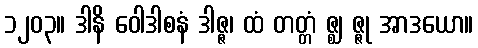
၁၂၀၃။ ဒါနိ ဝေါဒါစနံ ဒါဇ္ဇ၊ ထံ တတ္တံ ဇ္ဈ ဇ္ဇု အာဒယော။